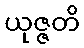
ယုဇ္ဇတိ